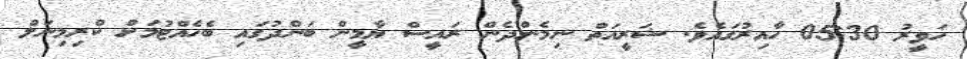
ހަވީރު 05:30 ހާއިރުގައެވެ. ޝަރީއަތް ނިމެންދެން ރައީސް ޔާމީން ބަންދުގައި ބެހެއްޓުމަށް ކްރިމިނަލް